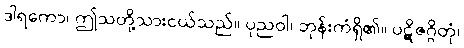
ဒါရကော၊ ဤသတို့သားငယ်သည်။ ပုညဝါ၊ ဘုန်းကံရှိ၏။ ပဋိဇဂ္ဂိတုံ၊